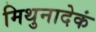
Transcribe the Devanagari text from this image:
मिथुनादेकं